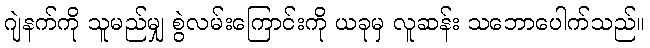
ဂျဲနက်ကို သူမည်မျှ စွဲလမ်းကြောင်းကို ယခုမှ လူဆန်း သဘောပေါက်သည်။